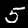
Digit: 5